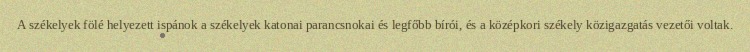
A székelyek fölé helyezett ispánok a székelyek katonai parancsnokai és legfőbb bírói, és a középkori székely közigazgatás vezetői voltak.